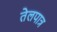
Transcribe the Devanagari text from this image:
तेलपात्र